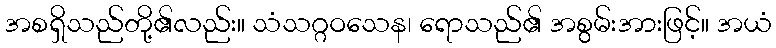
အစရှိသည်တို့၏လည်း။ သံသဂ္ဂဝသေန၊ ရောသည်၏ အစွမ်းအားဖြင့်။ အယံ